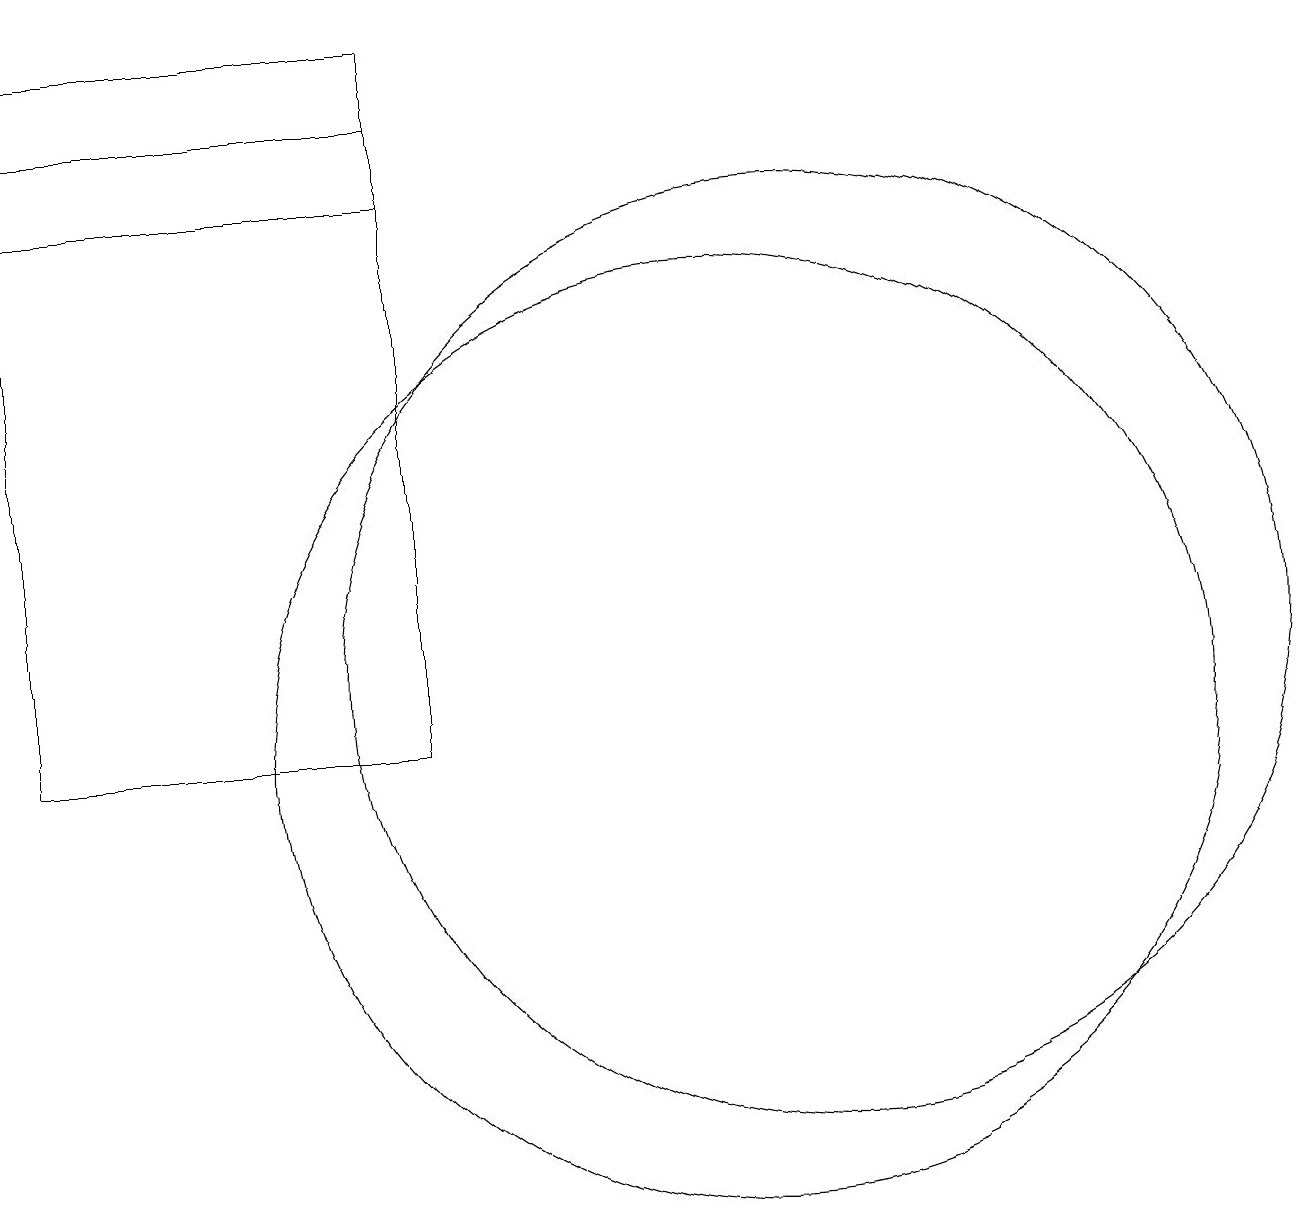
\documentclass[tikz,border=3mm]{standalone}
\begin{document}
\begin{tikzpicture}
\draw (11,12) circle (0);
\draw (11,11) circle (6);
\draw (10,10) circle (6);
\draw (1,18) rectangle (6,17);
\draw (6,10) rectangle (1,19);
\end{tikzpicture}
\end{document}